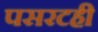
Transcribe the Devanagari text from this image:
पसरटही